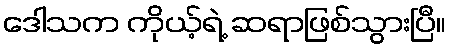
ဒေါသက ကိုယ့်ရဲ့ ဆရာဖြစ်သွားပြီ။